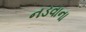
નડવાના